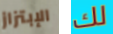
الإبتزاز لك